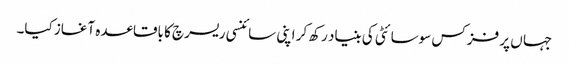
جہا ں پر فزکس سوسائٹی کی بنیاد رکھ کر اپنی سائنسی ریسرچ کا باقاعدہ آغاز کیا۔